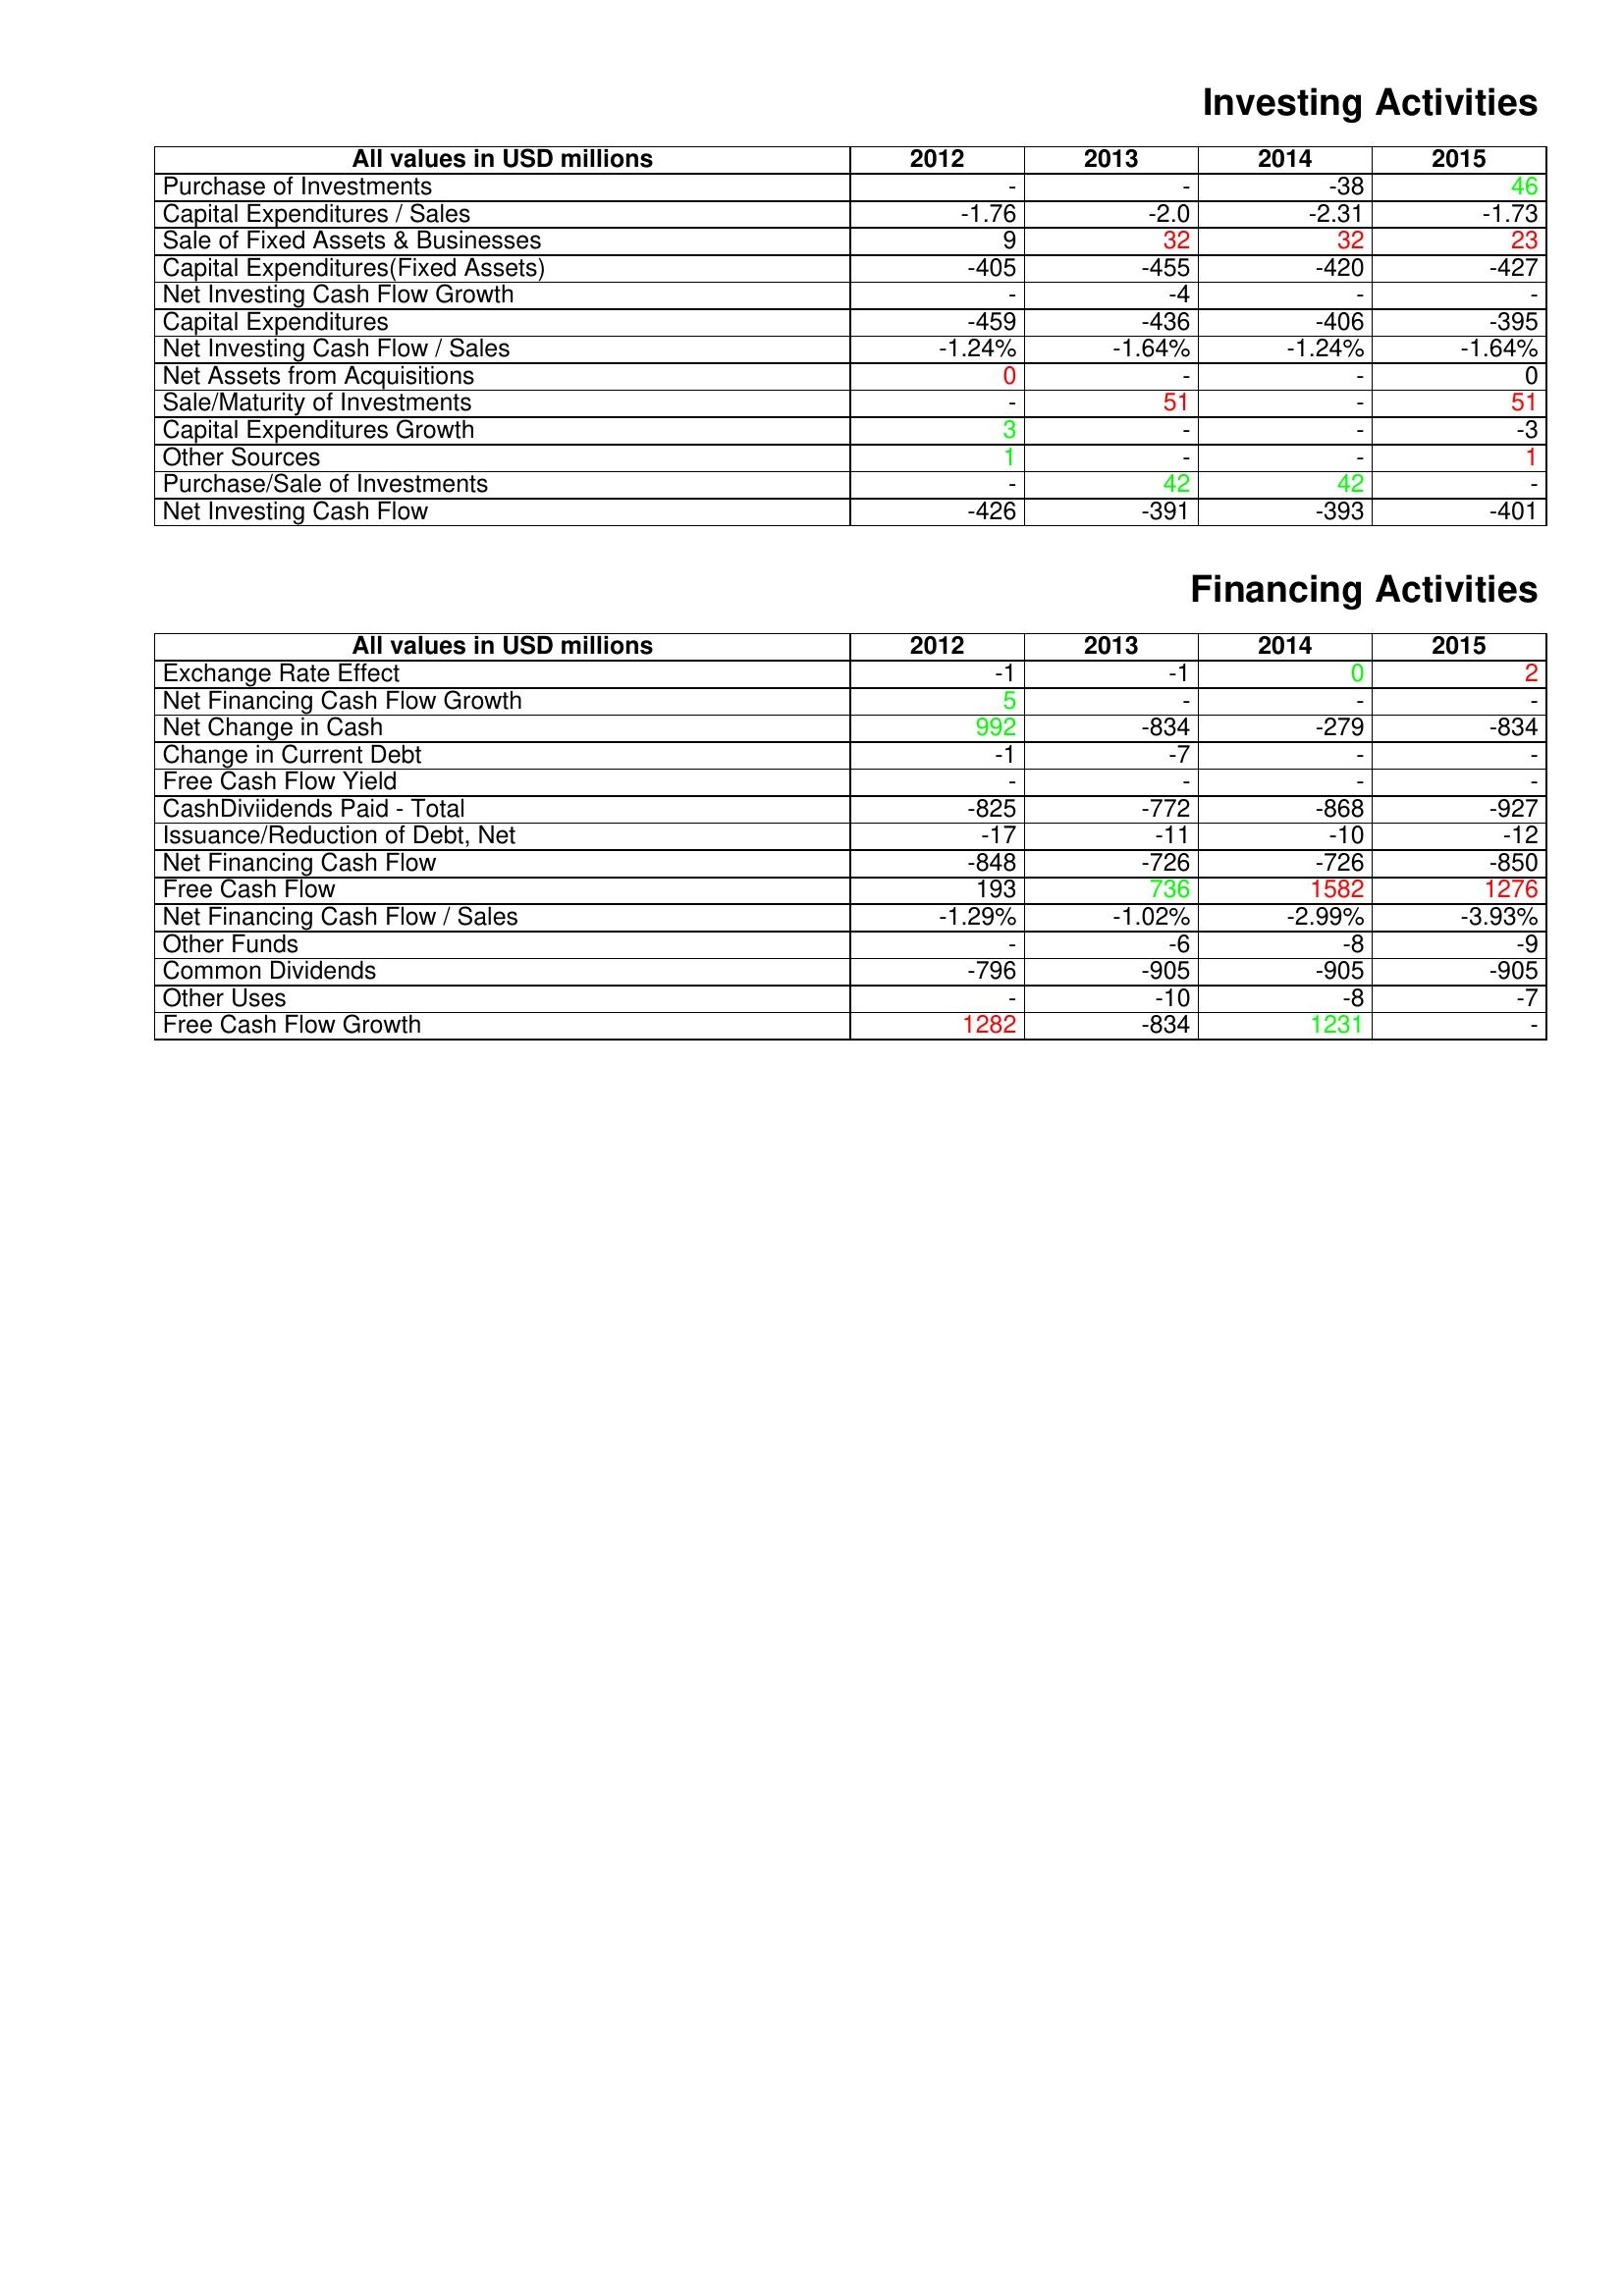
gt_parse: 2012: Investing Activities: Purchase of Investments: -
Capital Expenditures / Sales: -1.76
Sale of Fixed Assets & Businesses: 9
Capital Expenditures(Fixed Assets): -405
Net Investing Cash Flow Growth: -
Capital Expenditures: -459
Net Investing Cash Flow / Sales: -1.24%
Net Assets from Acquisitions: 0
Sale/Maturity of Investments: -
Capital Expenditures Growth: 3
Other Sources: 1
Purchase/Sale of Investments: -
Net Investing Cash Flow: -426
Financing Activities: Exchange Rate Effect: -1
Net Financing Cash Flow Growth: 5
Net Change in Cash: 992
Change in Current Debt: -1
Free Cash Flow Yield: -
CashDiviidends Paid - Total: -825
Issuance/Reduction of Debt, Net: -17
Net Financing Cash Flow: -848
Free Cash Flow: 193
Net Financing Cash Flow / Sales: -1.29%
Other Funds: -
Common Dividends: -796
Other Uses: -
Free Cash Flow Growth: 1282
2013: Investing Activities: Purchase of Investments: -
Capital Expenditures / Sales: -2.0
Sale of Fixed Assets & Businesses: 32
Capital Expenditures(Fixed Assets): -455
Net Investing Cash Flow Growth: -4
Capital Expenditures: -436
Net Investing Cash Flow / Sales: -1.64%
Net Assets from Acquisitions: -
Sale/Maturity of Investments: 51
Capital Expenditures Growth: -
Other Sources: -
Purchase/Sale of Investments: 42
Net Investing Cash Flow: -391
Financing Activities: Exchange Rate Effect: -1
Net Financing Cash Flow Growth: -
Net Change in Cash: -834
Change in Current Debt: -7
Free Cash Flow Yield: -
CashDiviidends Paid - Total: -772
Issuance/Reduction of Debt, Net: -11
Net Financing Cash Flow: -726
Free Cash Flow: 736
Net Financing Cash Flow / Sales: -1.02%
Other Funds: -6
Common Dividends: -905
Other Uses: -10
Free Cash Flow Growth: -834
2014: Investing Activities: Purchase of Investments: -38
Capital Expenditures / Sales: -2.31
Sale of Fixed Assets & Businesses: 32
Capital Expenditures(Fixed Assets): -420
Net Investing Cash Flow Growth: -
Capital Expenditures: -406
Net Investing Cash Flow / Sales: -1.24%
Net Assets from Acquisitions: -
Sale/Maturity of Investments: -
Capital Expenditures Growth: -
Other Sources: -
Purchase/Sale of Investments: 42
Net Investing Cash Flow: -393
Financing Activities: Exchange Rate Effect: 0
Net Financing Cash Flow Growth: -
Net Change in Cash: -279
Change in Current Debt: -
Free Cash Flow Yield: -
CashDiviidends Paid - Total: -868
Issuance/Reduction of Debt, Net: -10
Net Financing Cash Flow: -726
Free Cash Flow: 1582
Net Financing Cash Flow / Sales: -2.99%
Other Funds: -8
Common Dividends: -905
Other Uses: -8
Free Cash Flow Growth: 1231
2015: Investing Activities: Purchase of Investments: 46
Capital Expenditures / Sales: -1.73
Sale of Fixed Assets & Businesses: 23
Capital Expenditures(Fixed Assets): -427
Net Investing Cash Flow Growth: -
Capital Expenditures: -395
Net Investing Cash Flow / Sales: -1.64%
Net Assets from Acquisitions: 0
Sale/Maturity of Investments: 51
Capital Expenditures Growth: -3
Other Sources: 1
Purchase/Sale of Investments: -
Net Investing Cash Flow: -401
Financing Activities: Exchange Rate Effect: 2
Net Financing Cash Flow Growth: -
Net Change in Cash: -834
Change in Current Debt: -
Free Cash Flow Yield: -
CashDiviidends Paid - Total: -927
Issuance/Reduction of Debt, Net: -12
Net Financing Cash Flow: -850
Free Cash Flow: 1276
Net Financing Cash Flow / Sales: -3.93%
Other Funds: -9
Common Dividends: -905
Other Uses: -7
Free Cash Flow Growth: -